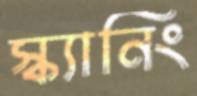
স্ক্যানিং